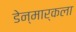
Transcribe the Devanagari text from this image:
डेन्मार्कला